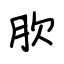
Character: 肷